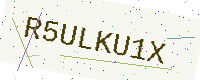
Text: R5ULKU1X